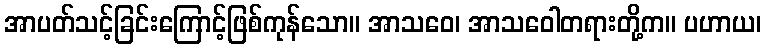
အာပတ်သင့်ခြင်းကြောင့်ဖြစ်ကုန်သော။ အာသဝေ၊ အာသဝေါတရားတို့က။ ပဟာယ၊